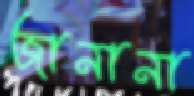
জানানা